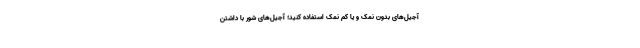
آجیل‌های بدون نمک و یا کم نمک استفاده کنید؛ آجیل‌های شور با داشتن